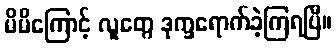
မိမိကြောင့် လူတွေ ဒုက္ခရောက်ခဲ့ကြရပြီ။